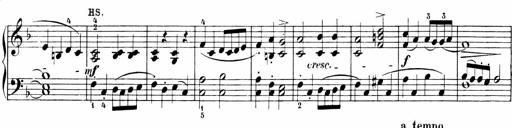
Title: 6 Sonatinas
Composer: Carl Reinecke